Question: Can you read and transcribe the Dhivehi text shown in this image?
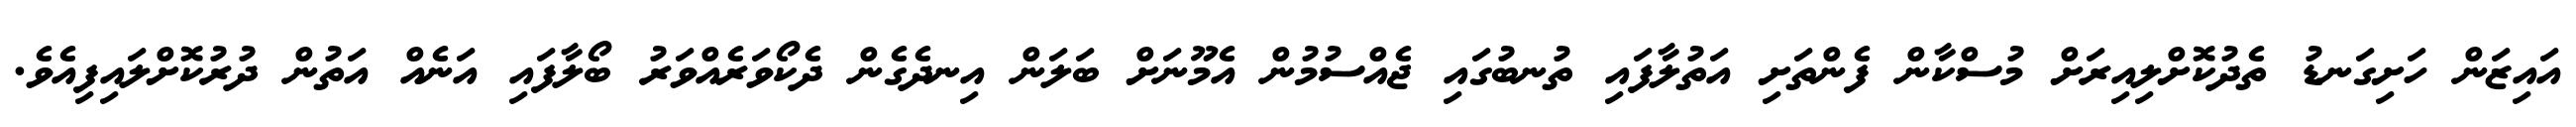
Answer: އައިޒަން ހަށިގަނޑު ތެދުކޮށްލިއިރަށް މުސްކާން ފެންތަށި އަތުލާފައި ތުނބުގައި ޖެއްސުމުން އެމޫނަށް ބަލަން އިނދެގެން ދެކޯވަރެއްވަރު ބޯލާފައި އަނެއް އަތުން ދުރުކޮށްލައިފިއެވެ.